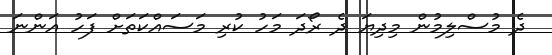
ދެ މުސްލިމުން މިދިޔަ ދެ ރޯދަ މަހު ކުރި މަސައްކަތަށް ފަހު އަންނަ